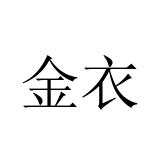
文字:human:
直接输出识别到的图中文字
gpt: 金衣